Report on plague and inoculation in the Punjab from October 1st ... to September 30th..., being the ... season of plague in the province
Disease focus: Plague
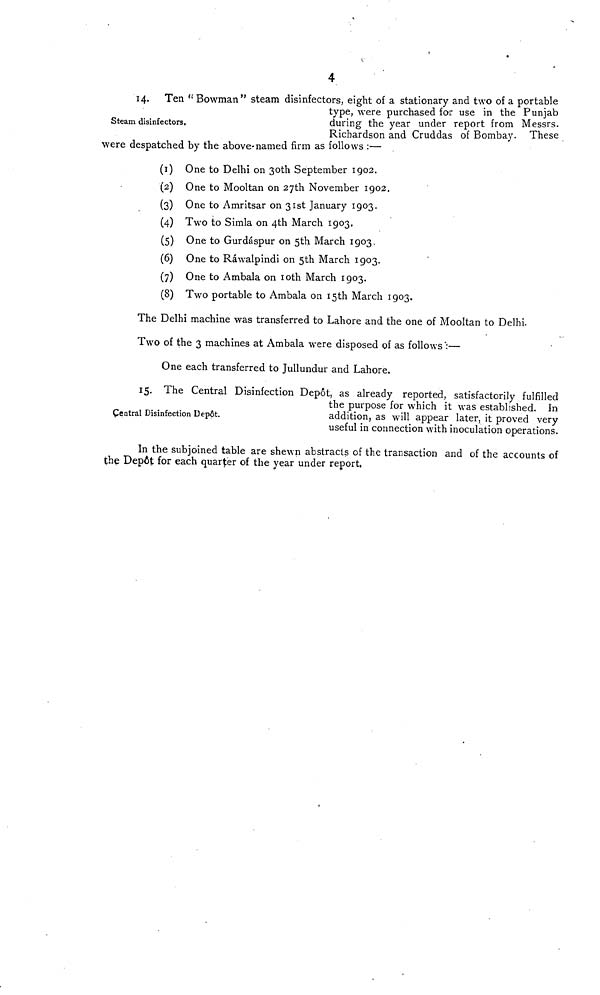
4
Steam disinfectors.
14. Ten "Bowman" steam disinfectors, eight of a stationary and two of a portable
type, were purchased for use in the Punjab
during the year under report from Messrs.
Richardson and Cruddas of Bombay. These
were despatched by the above-named firm as follows :—
(1) One to Delhi on 30th September 1902.
(2) One to Mooltan on 27th November 1902.
(3) One to Amritsar on 31st January 1903.
(4) Two to Simla on 4th March 1903,
(5) One to Gurdáspur on 5th March 1903.
(6) One to Rawalpindi on 5th March 1903.
(7) One to Ambala on 10th March 1903.
(8) Two portable to Ambala on 15th March 1903.
The Delhi machine was transferred to Lahore and the one of Mooltan to Delhi.
Two of the 3 machines at Ambala were disposed of as follows :—
One each transferred to Jullundur and Lahore.
Central Disinfection Depôt.
15. The Central Disinfection Depôt, as already reported, satisfactorily fulfilled
the purpose for which it was established. In
addition, as will appear later, it proved very
useful in connection with inoculation operations.
In the subjoined table are shewn abstracts of the transaction and of the accounts of
the Depôt for each quarter of the year under report.